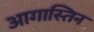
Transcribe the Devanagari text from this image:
आगास्तिन